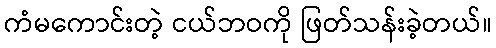
ကံမကောင်းတဲ့ ငယ်ဘဝကို ဖြတ်သန်းခဲ့တယ်။